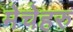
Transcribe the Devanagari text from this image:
मेचेहरु